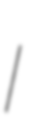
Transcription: I